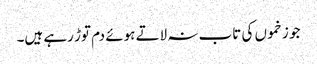
جو زخموں کی تاب نہ لاتے ہوئے دم توڑ رہے ہیں۔